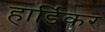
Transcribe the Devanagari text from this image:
हार्डिकर